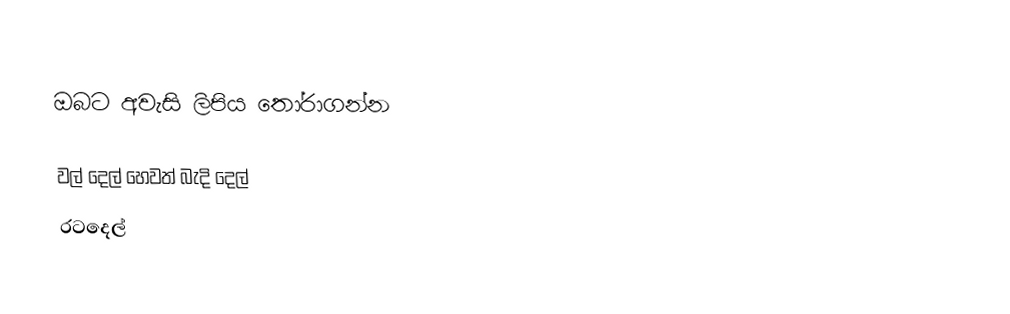
ඔබට අවැසි ලිපිය තෝරාගන්න

 වල් දෙල් හෙවත් බැදි දෙල්
 රටදෙල්